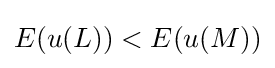
E(u(L))<E(u(M))